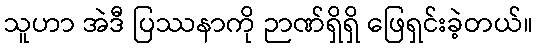
သူဟာ အဲဒီ ပြဿနာကို ဉာဏ်ရှိရှိ ဖြေရှင်းခဲ့တယ်။